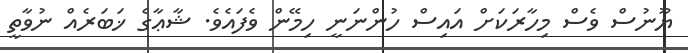
ޔޫނުސް ވެސް މިހާރަކަށް އައިސް ހުންނަނީ ހިމޭން ވެފައެވެ. ޝާޢާގެ ޚަބަރެއް ނުވާތީ